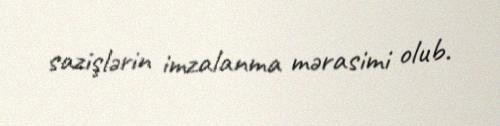
sazişlərin imzalanma mərasimi olub.